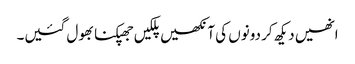
انھیں دیکھ کر دونوں کی آنکھیں پلکیں جھپکنا بھول گئیں۔